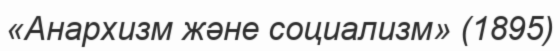
«Анархизм және социализм» (1895)